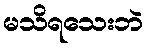
မသိရသေးဘဲ